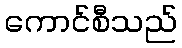
ကောင်စီသည်